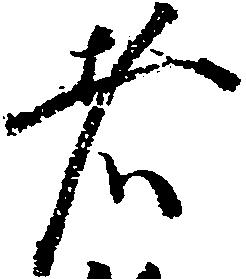
者